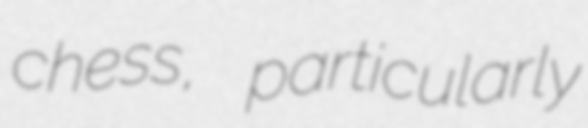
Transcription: chess, particularly